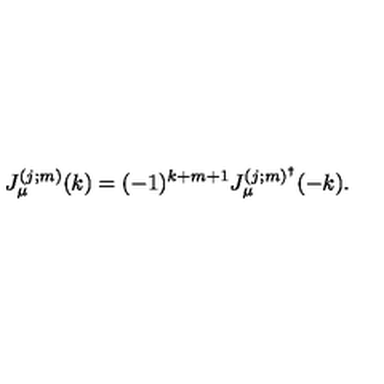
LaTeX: J _ { \mu } ^ { ( j ; m ) } ( k ) = ( - 1 ) ^ { k + m + 1 } J _ { \mu } ^ { ( j ; m ) ^ { \dag } } ( - k ) .